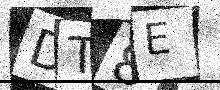
Text: DT8E